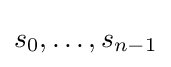
s_{0},\dots ,s_{n-1}